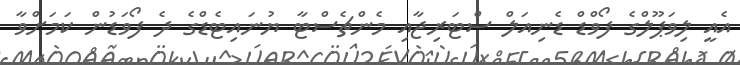
އެއީ ލިވަޕޫލްގެ ފޯވްޑް ޑެނިއަލް ސްޓަރިޖާއި މެންޗެސްޓާ ޔުނައިޓެޑްގެ ދެ ފޯވަޑުން ކަމަށްވާ